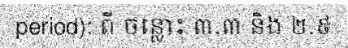
period): ពី ចន្លោះ ៣.៣ និង ២.៩